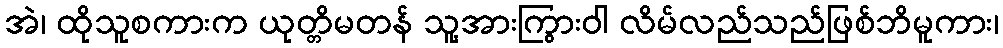
အဲ၊ ထိုသူစကားက ယုတ္တိမတန် သူ့အားကြွားဝါ လိမ်လည်သည်ဖြစ်ဘိမူကား၊